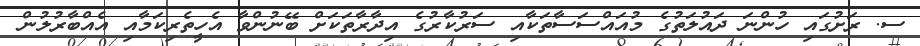
ސ. ރަށުގައި ހުންނަ ދައުލަތުގެ މުއައްސަސާތަކާއި ސަރުކާރުގެ އިދާރާތަކަށް ބޭނުންވާ އެހީތެރިކަމާއި އެއްބާރުލުން